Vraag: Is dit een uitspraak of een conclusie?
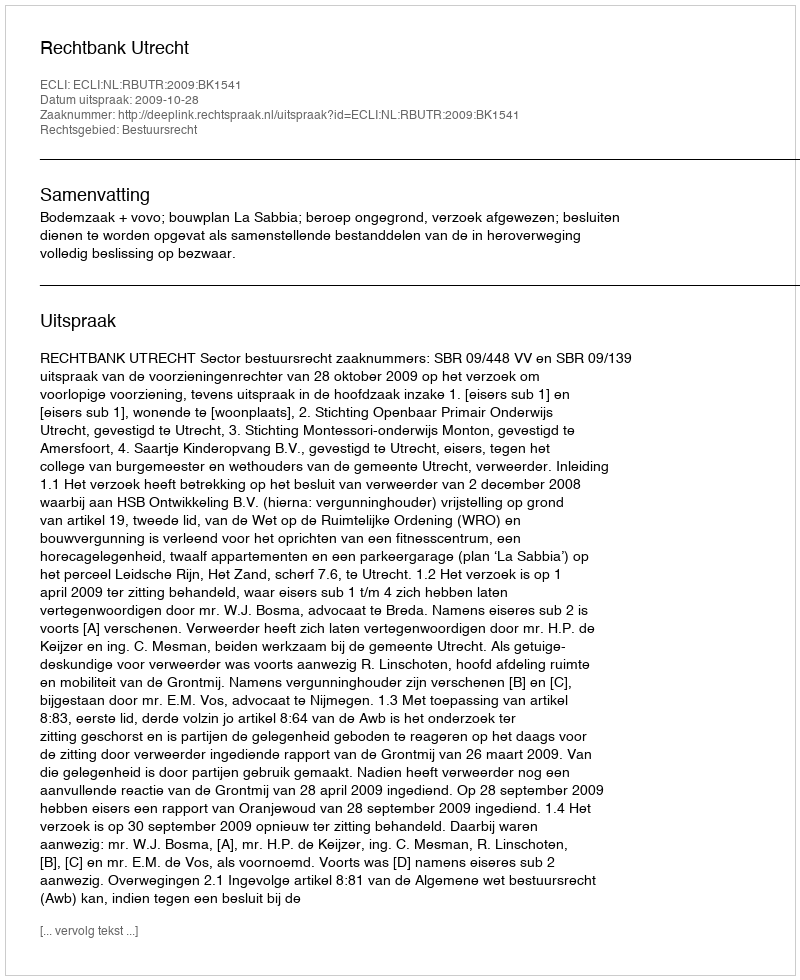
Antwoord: Uitspraak